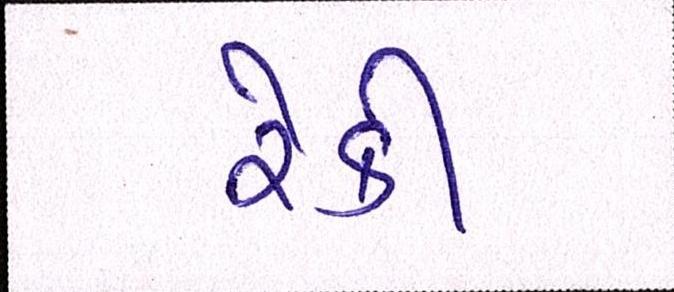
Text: રેકી